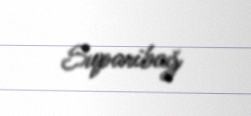
Suparibağ